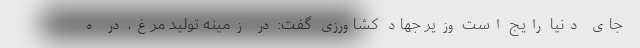
جای دنیا رایج است وزیر جهاد کشاورزی گفت: در زمینه تولید مرغ، در ه